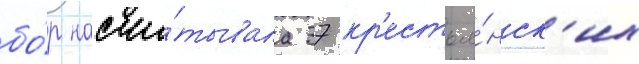
бо́р насчи́тывала 37 кр'естья́нск'их